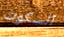
السكوت